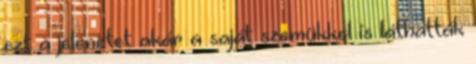
ezt a jelenetet akár a saját szemükkel is láthatták